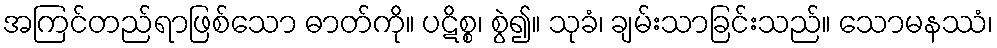
အကြင်တည်ရာဖြစ်သော ဓာတ်ကို။ ပဋိစ္စ၊ စွဲ၍။ သုခံ၊ ချမ်းသာခြင်းသည်။ သောမနဿံ၊